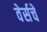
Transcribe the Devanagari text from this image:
वेर्सचे